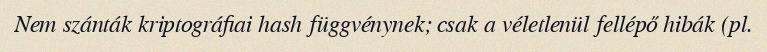
Nem szánták kriptográfiai hash függvénynek; csak a véletlenül fellépő hibák (pl.